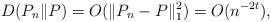
LaTeX: \begin{align*}D(P_n\| P) = O(\|P_n-P\|_1^2)= O(n^{-2t} ),\end{align*}